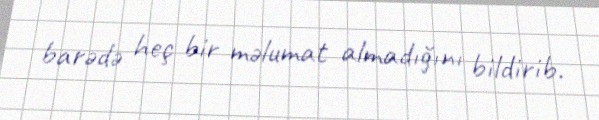
barədə heç bir məlumat almadığını bildirib.